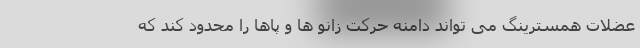
عضلات همسترینگ می تواند دامنه حرکت زانو ها و پاها را محدود کند که